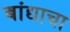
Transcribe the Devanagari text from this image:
बांद्याचा